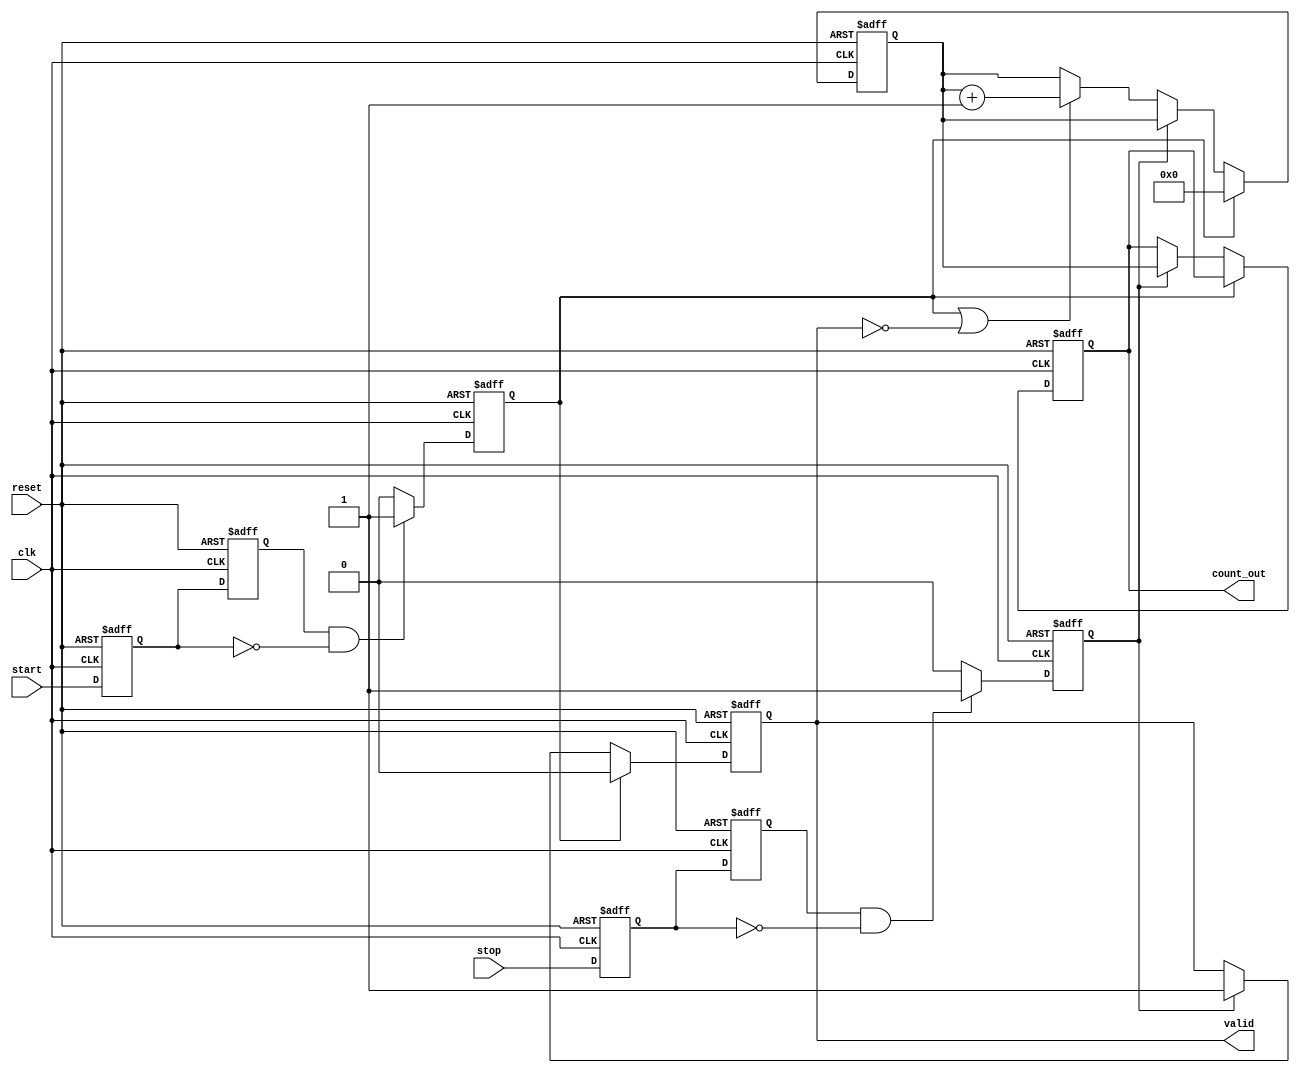
module TDC (
    input wire clk,          // High-speed clock
    input wire start,        // Start signal
    input wire stop,         // Stop signal
    input wire reset,        // Reset signal
    output reg [31:0] count_out, // Output count value
    output reg valid         // Signal to indicate valid output
);

    reg [31:0] counter;      // Counter to count clock cycles
    reg start_detected;      // Flag to indicate start signal detection
    reg stop_detected;       // Flag to indicate stop signal detection
    
    // Edge detection for start signal
    reg start_sync_0, start_sync_1;
    always @(posedge clk or posedge reset) begin
        if (reset) begin
            start_sync_0 <= 1'b0;
            start_sync_1 <= 1'b0;
            start_detected <= 1'b0;
        end else begin
            start_sync_0 <= start;
            start_sync_1 <= start_sync_0;
            // Detect rising edge of start signal
            if (start_sync_1 && !start_sync_0) begin
                start_detected <= 1'b1;
            end else begin
                start_detected <= 1'b0;
            end
        end
    end

    // Edge detection for stop signal
    reg stop_sync_0, stop_sync_1;
    always @(posedge clk or posedge reset) begin
        if (reset) begin
            stop_sync_0 <= 1'b0;
            stop_sync_1 <= 1'b0;
            stop_detected <= 1'b0;
        end else begin
            stop_sync_0 <= stop;
            stop_sync_1 <= stop_sync_0;
            // Detect rising edge of stop signal
            if (stop_sync_1 && !stop_sync_0) begin
                stop_detected <= 1'b1;
            end else begin
                stop_detected <= 1'b0;
            end
        end
    end

    // Counter logic
    always @(posedge clk or posedge reset) begin
        if (reset) begin
            counter <= 32'b0;
            count_out <= 32'b0;
            valid <= 1'b0;
        end else if (start_detected) begin
            counter <= 32'b0; // Reset counter on start
            valid <= 1'b0;    // Clear valid flag
        end else if (stop_detected) begin
            count_out <= counter; // Latch count value on stop
            valid <= 1'b1;        // Set valid flag
        end else if (start_detected || !valid) begin
            counter <= counter + 1; // Increment counter if running
        end
    end

endmodule